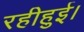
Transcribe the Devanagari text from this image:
रहीहुई।